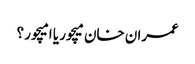
عمران خان میچور یا امیچور ؟